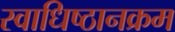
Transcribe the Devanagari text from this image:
स्वाधिष्ठानक्रम